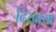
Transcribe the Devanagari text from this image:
ढिखाया